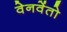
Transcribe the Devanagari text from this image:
वेनवेंतो